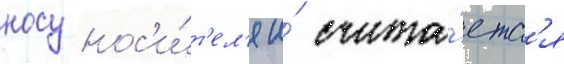
носу нос'и́т'ел'я и́ счита́етс'я